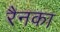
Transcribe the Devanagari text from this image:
रैनका